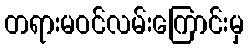
တရားမဝင်လမ်းကြောင်းမှ